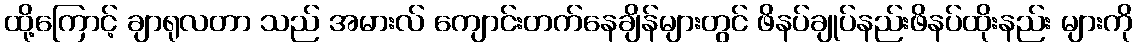
ထို့ကြောင့် ချာရုလတာ သည် အမားလ် ကျောင်းတက်နေချိန်များတွင် ဖိနပ်ချုပ်နည်းဖိနပ်ထိုးနည်း များကို